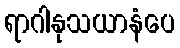
ရာဂါနုသယာနံပေ